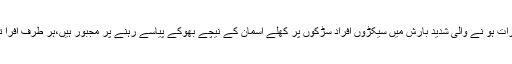
ٹرسٹ کے جنرل سیکریٹری ڈاکٹر ایس قاسمی نے بتایا کہ دن و رات ہو نے والی شدید بارش میں سیکڑوں افراد سڑکوں پر کھلے آسمان کے نیچے بھوکے پیاسے رہنے پر مجبور ہیں،ہر طرف افرا تفری اور بے چینی کا عالم ہے،انہیں صاف پانی نہیں مل رہا ہے ۔